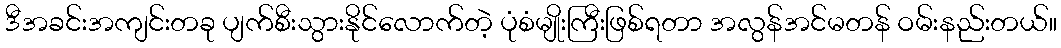
ဒီအခင်းအကျင်းတခု ပျက်စီးသွားနိုင်လောက်တဲ့ ပုံစံမျိုးကြီးဖြစ်ရတာ အလွန်အင်မတန် ဝမ်းနည်းတယ်။